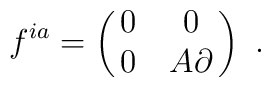
f^{ia}=\pmatrix{0 & 0 \cr 0 & A\partial \cr}\ .